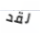
لقد